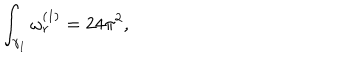
LaTeX: \int _ { \gamma _ { 1 } } \omega _ { r } ^ { ( 1 ) } = 2 4 \pi ^ { 2 } ,